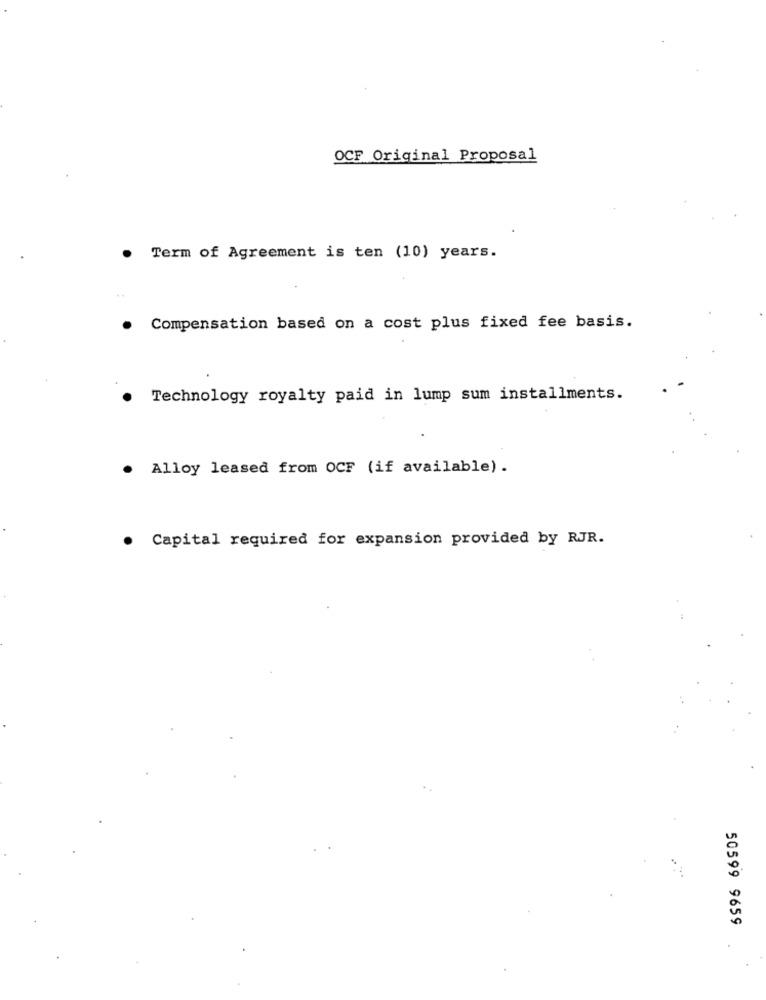
OCF Original Proposal
. Term of Agreement is ten (10) years.
. Compensation based on a cost plus fixed fee basis.
Technology royalty paid in lump sum installments.
. Alloy leased from OCF (if available) .
. Capital required for expansion provided by RJR.
50599 9659